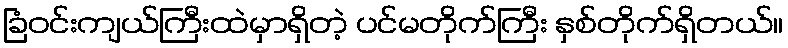
ခြံဝင်းကျယ်ကြီးထဲမှာရှိတဲ့ ပင်မတိုက်ကြီး နှစ်တိုက်ရှိတယ်။